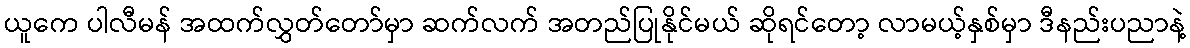
ယူကေ ပါလီမန် အထက်လွှတ်တော်မှာ ဆက်လက် အတည်ပြုနိုင်မယ် ဆိုရင်တော့ လာမယ့်နှစ်မှာ ဒီနည်းပညာနဲ့